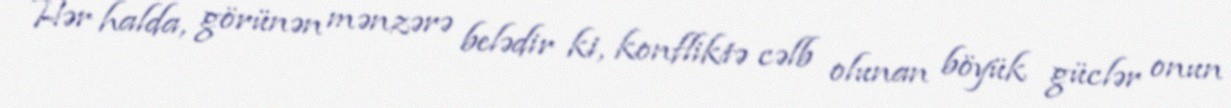
Hər halda, görünən mənzərə belədir ki, konfliktə cəlb olunan böyük güclər onun